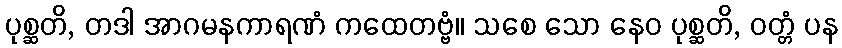
ပုစ္ဆတိ, တဒါ အာဂမနကာရဏံ ကထေတဗ္ဗံ။ သစေ သော နေဝ ပုစ္ဆတိ, ဝတ္တံ ပန